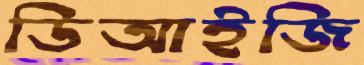
ডিআইজি